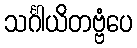
သင်္ဂါယိတဗ္ဗံပေ